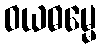
ဝယဓမ္မေ